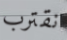
نقترب